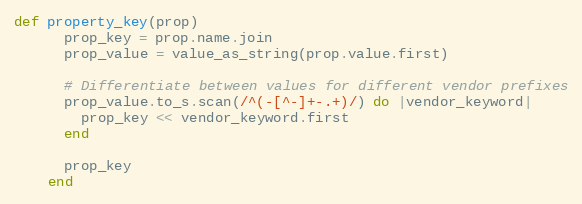
Language: Ruby
def property_key(prop)
      prop_key = prop.name.join
      prop_value = value_as_string(prop.value.first)

      # Differentiate between values for different vendor prefixes
      prop_value.to_s.scan(/^(-[^-]+-.+)/) do |vendor_keyword|
        prop_key << vendor_keyword.first
      end

      prop_key
    end